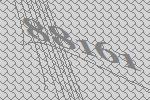
88161